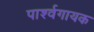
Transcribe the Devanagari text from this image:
पार्श्‍वगायक